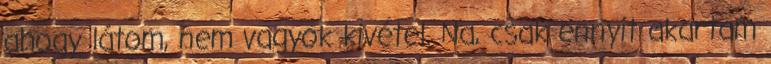
ahogy látom, nem vagyok kivétel. Na, csak ennyit akartam